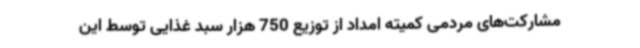
مشارکت‌های مردمی کمیته امداد از توزیع 750 هزار سبد غذایی توسط این